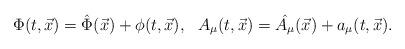
LaTeX: \begin{align*}\Phi (t,\vec{x}) = \hat{\Phi} (\vec{x}) + \phi (t,\vec{x}), \:\:\:A_{\mu} (t,\vec{x}) = \hat{A_{\mu}} (\vec{x}) + a_{\mu} (t,\vec{x}).\end{align*}